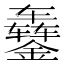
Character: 𬬇